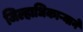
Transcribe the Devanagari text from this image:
जिल्हाधिकाऱ्याने